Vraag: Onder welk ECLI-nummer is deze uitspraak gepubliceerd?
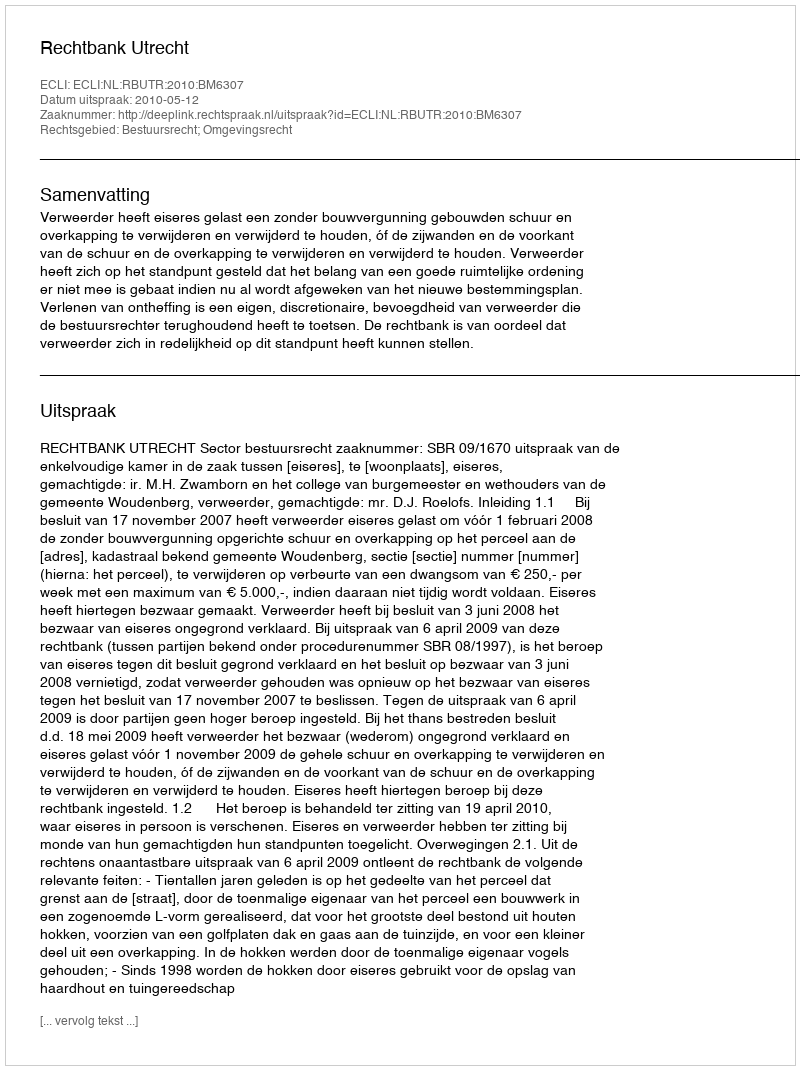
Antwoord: ECLI:NL:RBUTR:2010:BM6307